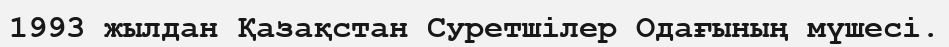
1993 жылдан Қазақстан Суретшілер Одағының мүшесі.